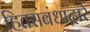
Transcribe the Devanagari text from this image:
हितसंबंधांद्वारे